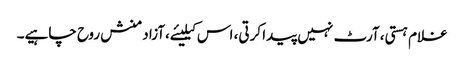
غلام ہستی، آرٹ نہیں پیدا کرتی، اس کیلیئے،آزاد منش روح چاہیے۔